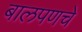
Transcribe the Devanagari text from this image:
बालपणचे